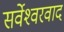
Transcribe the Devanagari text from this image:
सर्वेश्‍वरवाद